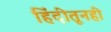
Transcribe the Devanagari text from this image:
हिंदीतूनही